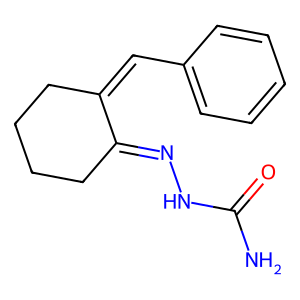
SMILES: NC(=O)NN=C1CCCCC1=Cc1ccccc1
Inhibits HIV replication: No